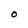
Character: O